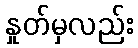
နှုတ်မှလည်း